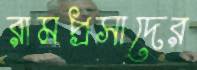
রামপ্রসাদের